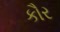
કૌર